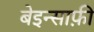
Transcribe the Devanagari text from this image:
बेइन्साफ़ी